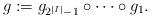
LaTeX: \begin{align*}g:= g_{2^{|I|}-1}\circ\cdots \circ g_1.\end{align*}